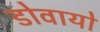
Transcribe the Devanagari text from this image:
डोवायो